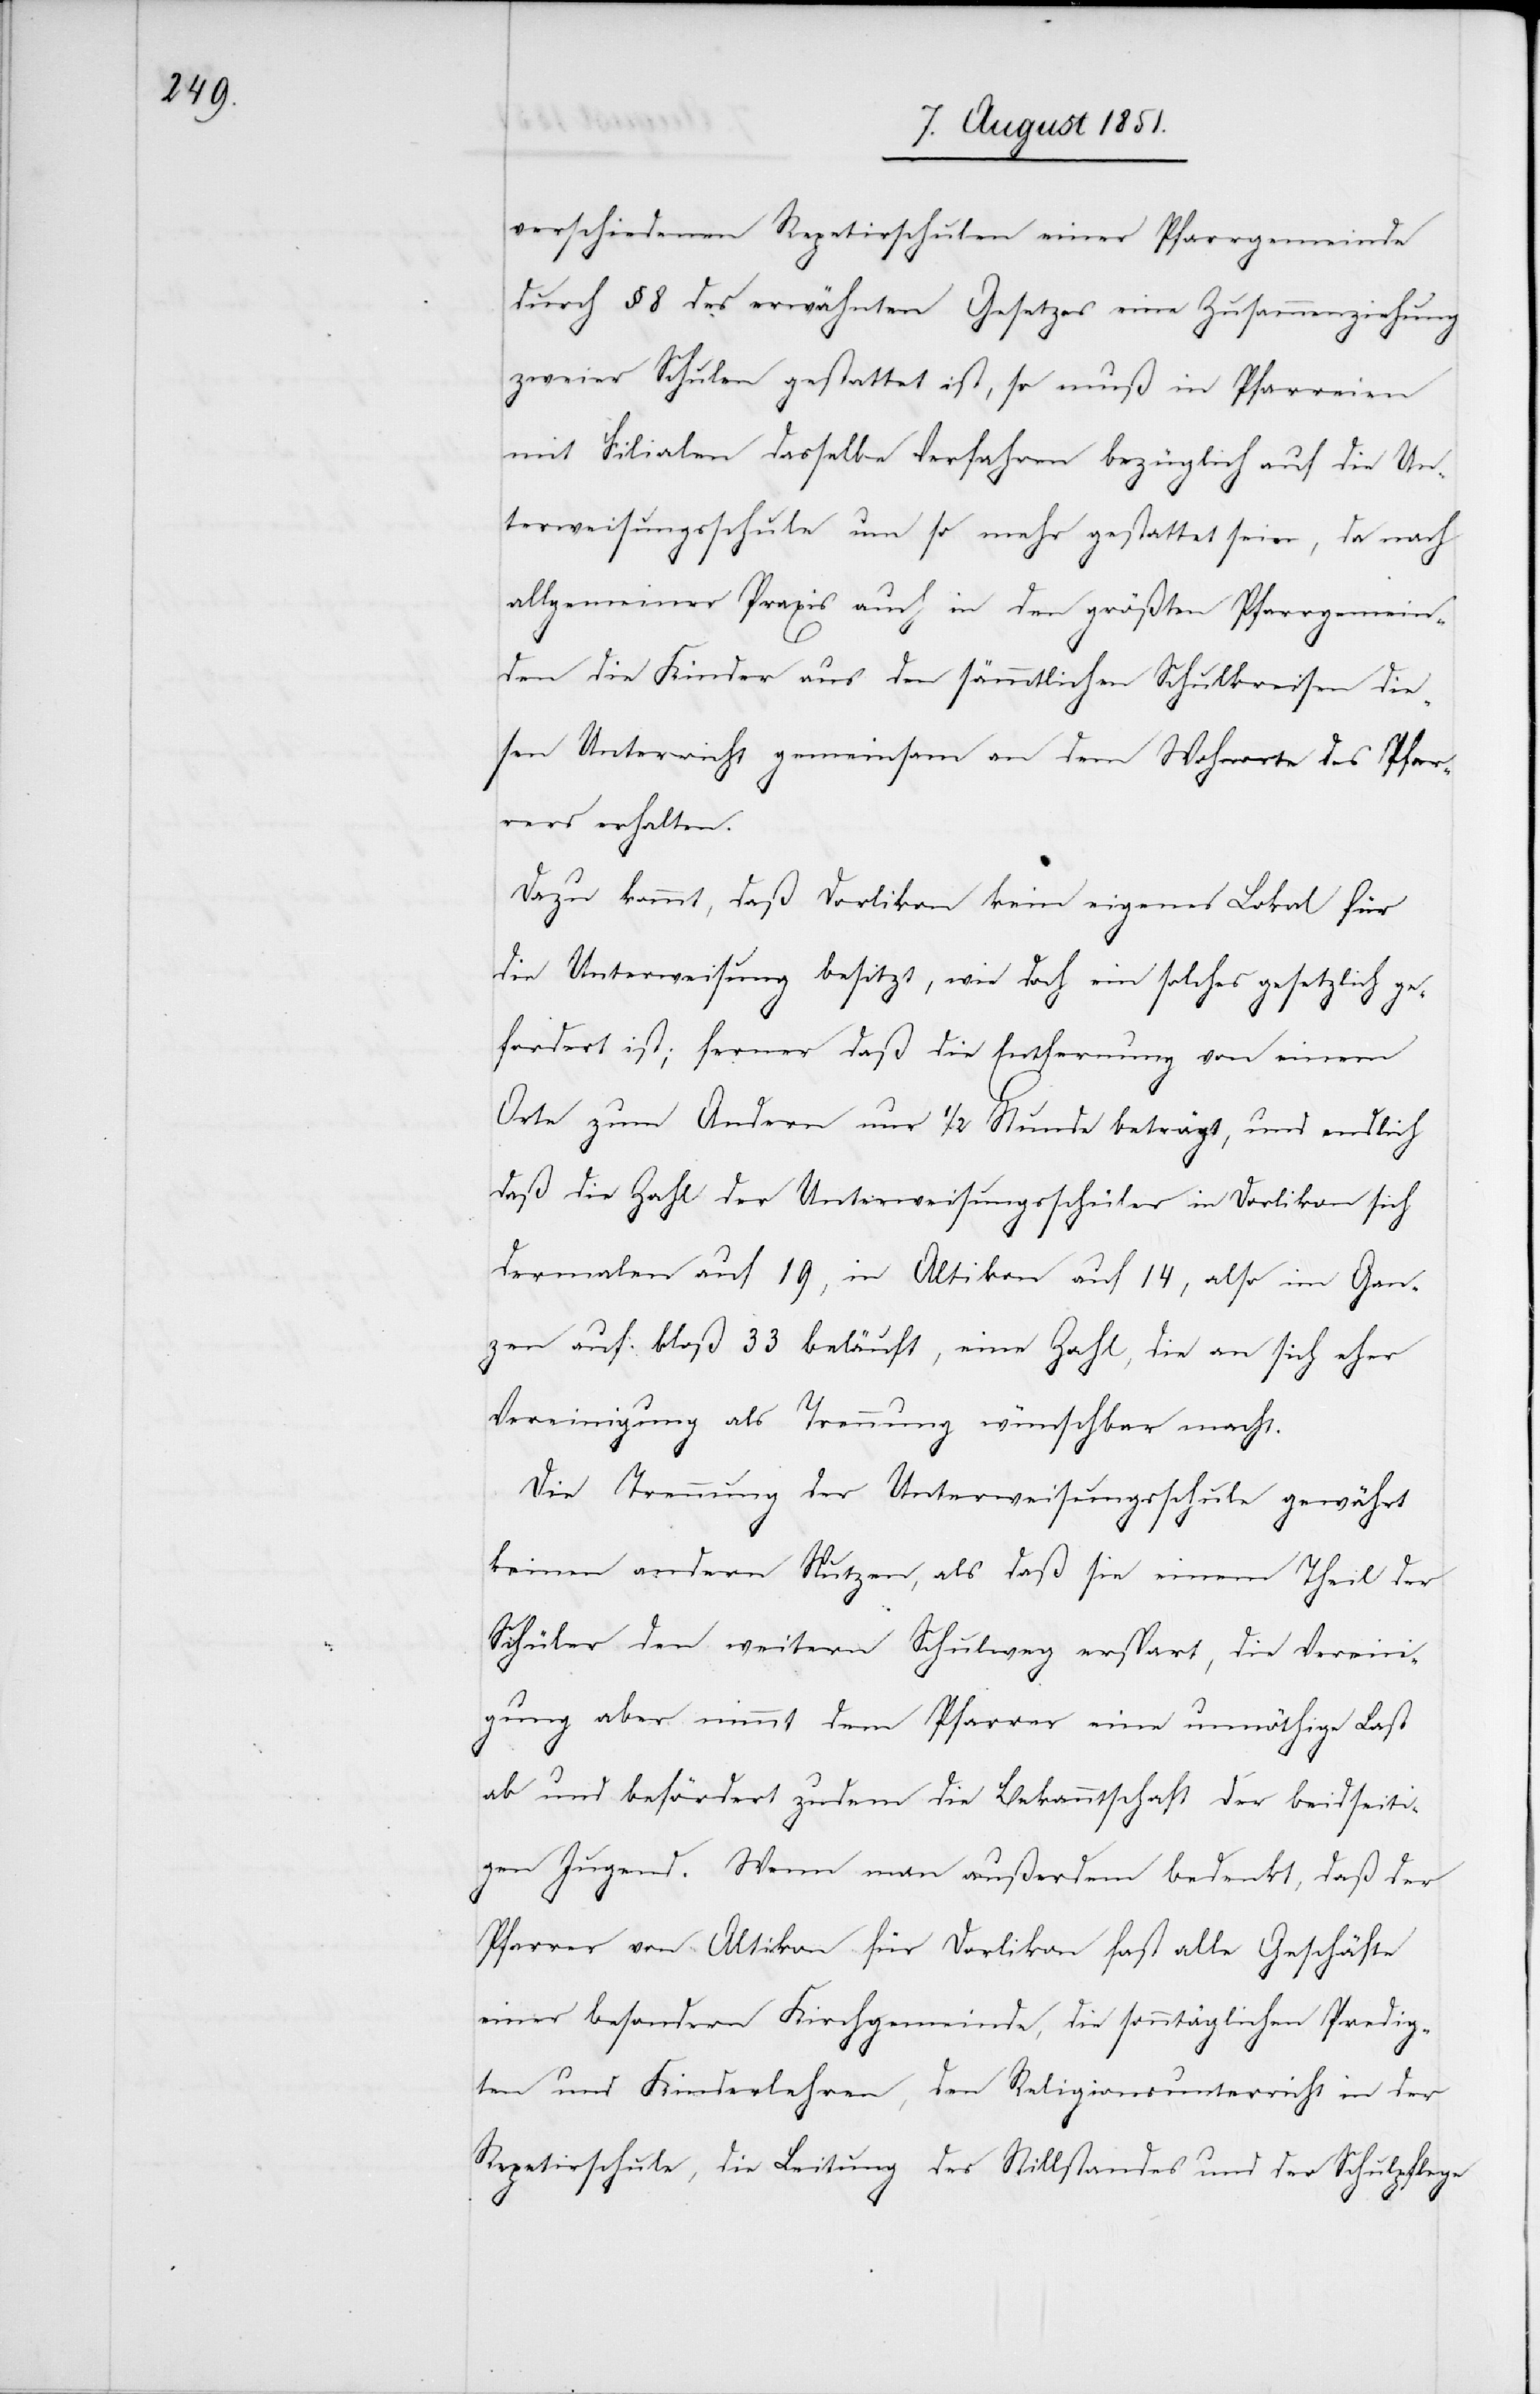
verschiedenen Repetirschulen einer Pfarrgemeinde
durch § 8 des erwähnten Gesetzes eine Zusammenziehung
zweier Schulen gestattet ist, so muß in Pfarreien
mit Filialen dasselbe Verfahren bezüglich auf die Un¬
terweisungsschule um so mehr gestattet sein, da nach
allgemeiner Praxis auch in den größten Pfarrgemein¬
den die Kinder aus den sämmtlichen Schulkreisen die¬
sen Unterricht gemeinsam an dem Wohnorte des Pfar¬
rers erhalten.
Dazu kommt, daß Dorlikon kein eigenes Lokal für
die Unterweisung besitzt, wie doch ein solches gesetzlich ge¬
fordert ist; ferner daß die Entfernung von einem
Orte zum Andern nur 1/2 Stunde beträgt, und endlich
daß die Zahl der Unterweisungsschüler in Dorlikon sich
dermalen auf 19, in Altikon auf 14, also im Gan¬
zen auf bloß 33 beläuft, eine Zahl, die an sich eher
Vereinigung als Trennung wünschbar macht.
Die Trennung der Unterweisungsschule gewährt
keinen andern Nutzen, als daß sie einem Theil der
Schüler den weitern Schulweg erspart, die Vereini¬
gung aber nimmt dem Pfarrer eine unnöthige Last
ab und befördert zudem die Bekanntschaft der beidseiti¬
gen Jugend. Wenn man außerdem bedenkt, daß der
Pfarrer von Altikon für Dorlikon fast alle Geschäfte
einer besondern Kirchgemeinde, die sonntäglichen Predig¬
ten und Kinderlehren, den Religionsunterricht in der
Repetirschule, die Leitung des Stillstandes und der Schulpflege